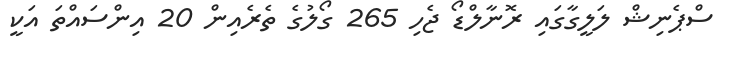
ސްޕެނިޝް ލަލީގާގައި ރޮނާލްޑޯ ޖެހި 265 ގޯލުގެ ތެރެއިން 20 އިންސައްތަ އަކީ